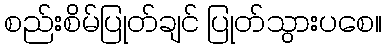
စည်းစိမ်ပြုတ်ချင် ပြုတ်သွားပစေ။